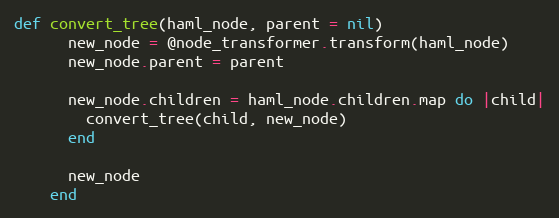
Language: Ruby
def convert_tree(haml_node, parent = nil)
      new_node = @node_transformer.transform(haml_node)
      new_node.parent = parent

      new_node.children = haml_node.children.map do |child|
        convert_tree(child, new_node)
      end

      new_node
    end